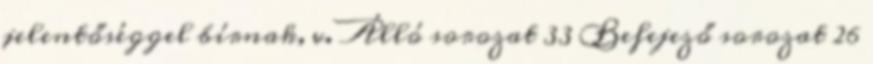
jelentőséggel bírnak, v. Álló sorozat 33 Befejező sorozat 26